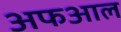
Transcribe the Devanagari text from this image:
अफआल